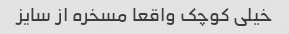
خیلی کوچک واقعا مسخره از سایز